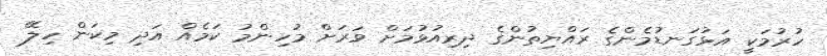
ހުރުމަކީ އަޅުގަނޑުމެންގެ ރައްޔިތުންގެ ދިރިއުޅުމަށް ވަރަށް މުހިންމު ކަމެއް އަދި މިކަން ހިލޭ